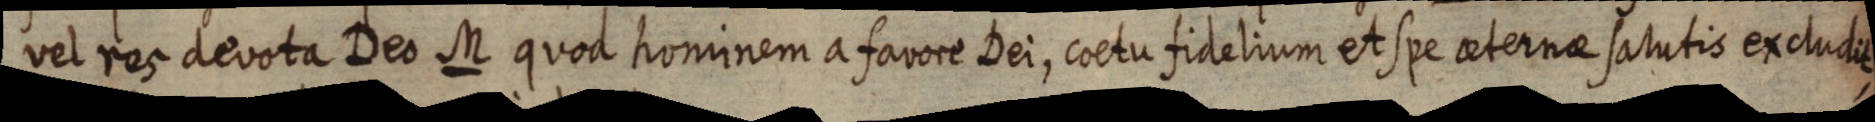
vel res devota Deo M quod hominem a favore Dei, coetu fidelium et spe aeternae salutis excludit,